Report of the Hyderabad Chloroform Commission
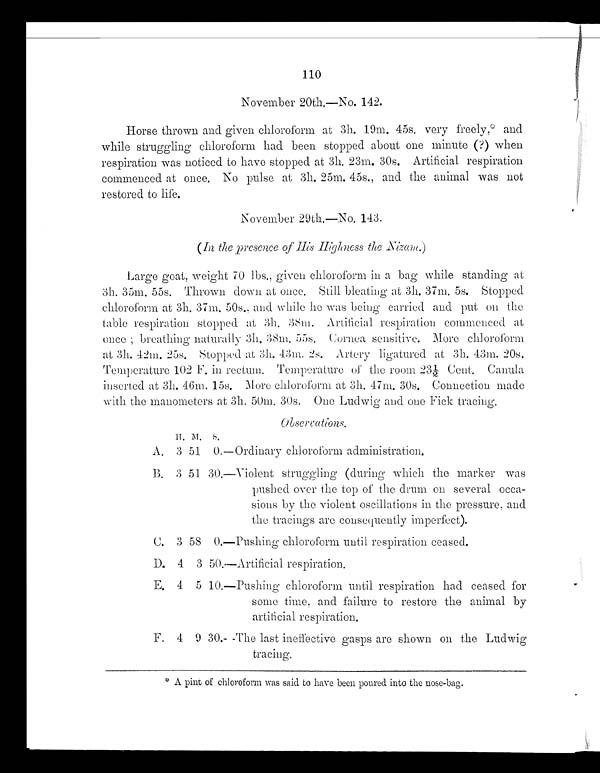
110
November 20th.---No. 142.
Horse thrown and given chloroform at 3h. 19m. 45s. very freely,* and
while struggling chloroform had been stopped about one minute (?) when
respiration was noticed to have stopped at 3h. 23m. 30s. Artificial respiration
commenced at once. No pulse at 3h. 25m. 45s., and the animal was not
restored to life.
November 29th.---No. 143.
(In the presence of His Highness the Nizam.)
Large goat, weight 70 lbs., given chloroform in a bag while standing at
3h. 35m. 55s. Thrown down at once. Still bleating at 3h. 37m. 5s. Stopped
chloroform at 3h. 37m. 50s., and while he was being carried and put on the
table respiration stopped at 3h. 38m. Artificial respiration commenced at
O n c e ; b r e a t h i n g n a t u r a l l y 3 h . 3 8 m . 5 5 s . C o r n e a s e n s i t i v e . M o r e c h l o r o f o r m
at 3h. 42m. 25s. Stopped at 3h. 43m. 2s. Artery ligatured at 3h. 43m. 20s.
Temperature 102 F. in rectum. Temperature of the room 23½ Cent. Canula
inserted at 3h. 46m. 15s. More chloroform at 3h. 47m. 30s. Connection. made
with the manometers at 3h. 50m. 30s. One Ludwig and one Fick tracing.
Observations.
H . M . S .
A. 3 5 1 0 . - - - Or d i n a r y c h l o r o f o r m a d mi n i s t r a t i o n .
B. 3 51 30.---Violent struggling (during which the marker was
pushed over the top of the drum on several occa-
- s i o n s b y t h e v i o l e n t o s c i l l a t i o n s i n t h e p r e s s u r e , a n d
the tracings are consequently imperfect).
C. 3 58 0.---Pushing chloroform until respiration ceased.
D.
4 3 50.---Artificial respiration.
E.
4
5 10.---Pushing chloroform until respiration had ceased for
some time, and failure to restore the animal by
artificial respiration.
F. 4 9 30.---The last ineffective gasps are shown. on the Ludwig
tracing.
* A pint of chloroform was said to have been poured into the nose-bag.